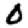
Digit: 0